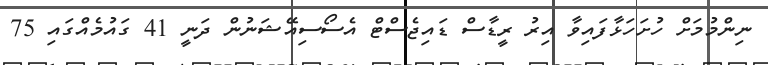
ނިންމުމަށް ހުށަހަޅާފައިވާ އިރު ރީޑާސް ޑައިޖެސްޓް އެސޯސިއޭޝަނުން ދަނީ 41 ގައުމެއްގައި 75